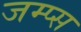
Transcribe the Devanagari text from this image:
जम्प्स